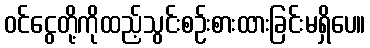
ဝင်ငွေတို့ကိုထည့်သွင်းစဉ်းစားထားခြင်းမရှိပေ။